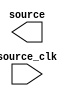
module qsys_top_in_system_sources_probes_0 (
		output wire [0:0] source,     //    sources.source
		input  wire       source_clk  // source_clk.clk
	);
endmodule